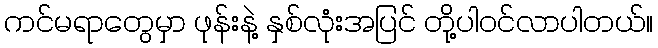
ကင်မရာတွေမှာ ဖုန်းနဲ့ နှစ်လုံးအပြင် တို့ပါဝင်လာပါတယ်။